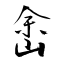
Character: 峹